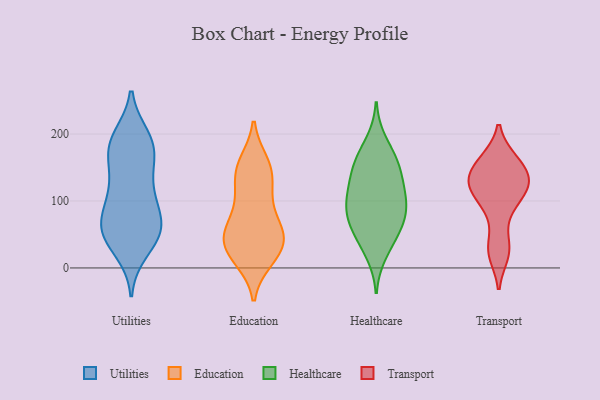
{"axis": {"x": "Headcount", "y": "Value"}, "legend": ["Education", "Healthcare", "Transport", "Utilities"], "data": [{"x": "", "y": 188, "type": "Utilities"}, {"x": "", "y": 27, "type": "Utilities"}, {"x": "", "y": 194, "type": "Utilities"}, {"x": "", "y": 55, "type": "Utilities"}, {"x": "", "y": 119, "type": "Utilities"}, {"x": "", "y": 78, "type": "Utilities"}, {"x": "", "y": 58, "type": "Utilities"}, {"x": "", "y": 172, "type": "Utilities"}, {"x": "", "y": 52, "type": "Utilities"}, {"x": "", "y": 104, "type": "Utilities"}, {"x": "", "y": 165, "type": "Utilities"}, {"x": "", "y": 132, "type": "Utilities"}, {"x": "", "y": 63, "type": "Utilities"}, {"x": "", "y": 185, "type": "Utilities"}, {"x": "", "y": 48, "type": "Utilities"}, {"x": "", "y": 100, "type": "Utilities"}, {"x": "", "y": 52, "type": "Utilities"}, {"x": "", "y": 182, "type": "Utilities"}, {"x": "", "y": 13, "type": "Education"}, {"x": "", "y": 157, "type": "Education"}, {"x": "", "y": 53, "type": "Education"}, {"x": "", "y": 43, "type": "Education"}, {"x": "", "y": 22, "type": "Education"}, {"x": "", "y": 138, "type": "Education"}, {"x": "", "y": 98, "type": "Education"}, {"x": "", "y": 125, "type": "Education"}, {"x": "", "y": 15, "type": "Education"}, {"x": "", "y": 45, "type": "Education"}, {"x": "", "y": 97, "type": "Education"}, {"x": "", "y": 154, "type": "Education"}, {"x": "", "y": 147, "type": "Education"}, {"x": "", "y": 63, "type": "Education"}, {"x": "", "y": 26, "type": "Education"}, {"x": "", "y": 49, "type": "Education"}, {"x": "", "y": 56, "type": "Education"}, {"x": "", "y": 189, "type": "Healthcare"}, {"x": "", "y": 50, "type": "Healthcare"}, {"x": "", "y": 69, "type": "Healthcare"}, {"x": "", "y": 107, "type": "Healthcare"}, {"x": "", "y": 115, "type": "Healthcare"}, {"x": "", "y": 157, "type": "Healthcare"}, {"x": "", "y": 151, "type": "Healthcare"}, {"x": "", "y": 81, "type": "Healthcare"}, {"x": "", "y": 75, "type": "Healthcare"}, {"x": "", "y": 80, "type": "Healthcare"}, {"x": "", "y": 117, "type": "Healthcare"}, {"x": "", "y": 145, "type": "Healthcare"}, {"x": "", "y": 103, "type": "Healthcare"}, {"x": "", "y": 42, "type": "Healthcare"}, {"x": "", "y": 21, "type": "Healthcare"}, {"x": "", "y": 163, "type": "Healthcare"}, {"x": "", "y": 161, "type": "Transport"}, {"x": "", "y": 21, "type": "Transport"}, {"x": "", "y": 139, "type": "Transport"}, {"x": "", "y": 160, "type": "Transport"}, {"x": "", "y": 108, "type": "Transport"}, {"x": "", "y": 32, "type": "Transport"}, {"x": "", "y": 86, "type": "Transport"}, {"x": "", "y": 127, "type": "Transport"}, {"x": "", "y": 130, "type": "Transport"}, {"x": "", "y": 120, "type": "Transport"}]}